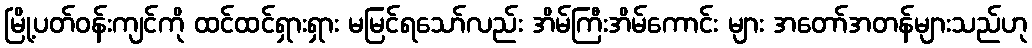
မြို့ပတ်ဝန်းကျင်ကို ထင်ထင်ရှားရှား မမြင်ရသော်လည်း အိမ်ကြီးအိမ်ကောင်း များ အတော်အတန်များသည်ဟု